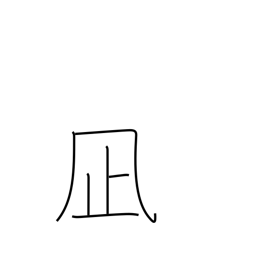
Meaning: lull